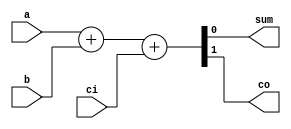
/*
	This is a Multi
	line comment example
*/

module addbit (
	a,
	b,
	ci,
	sum,
	co
	);

// Input Ports Single line comment
input a;
input b;
input ci;
// Output ports
output sum;
output co;

// Data Types
wire a;
wire b;
wire ci;
wire sum;
wire co;

// code starts here...
assign {co, sum} = a + b + ci ;

endmodule